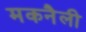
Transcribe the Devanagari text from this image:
मकनैली